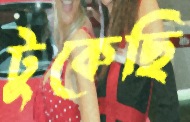
টুকেছি